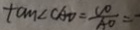
\tan \angle C A D = \frac { C D } { A D } =